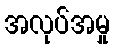
အလုပ်အမှု